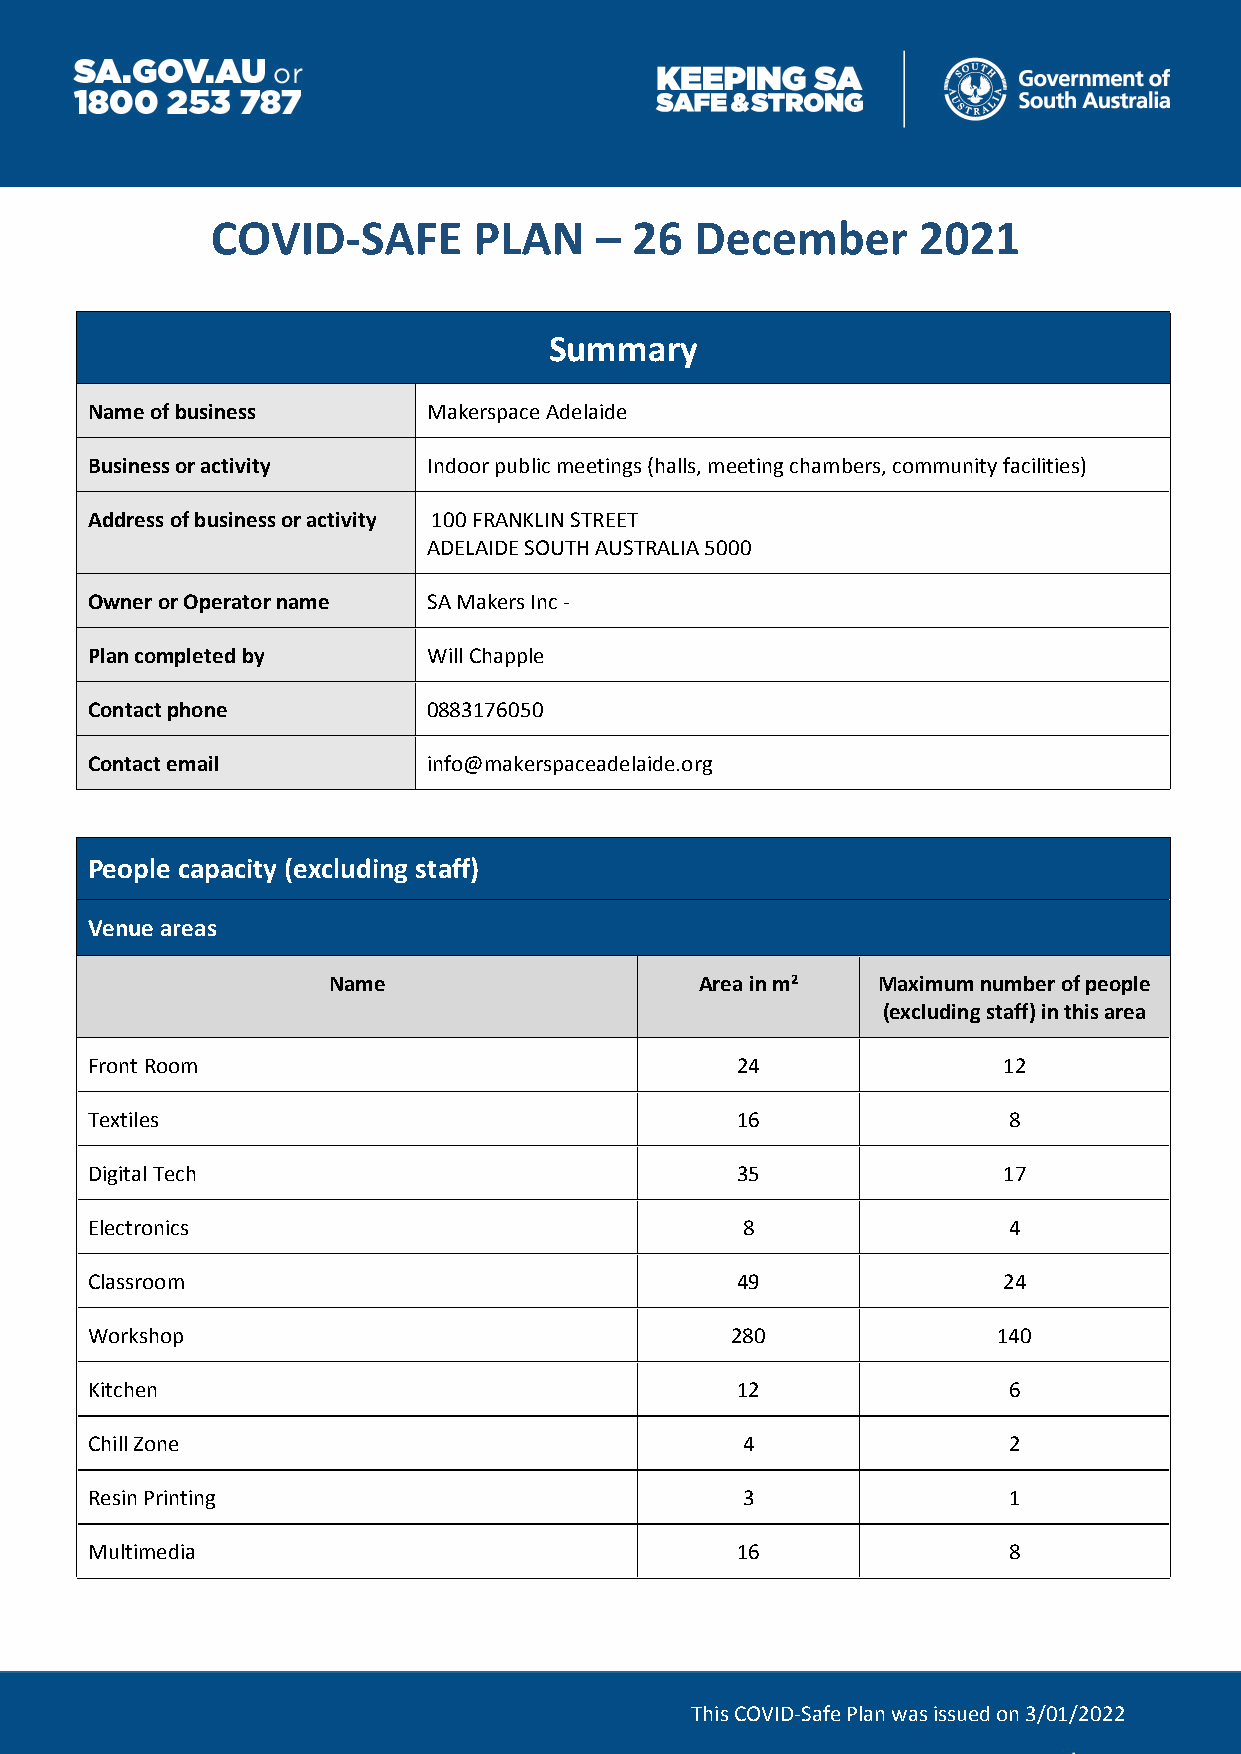
COVID-SAFE       PLAN    –  26  December       2021
 Summary
 Name of business      Makerspace Adelaide
 Business or activity  Indoor public meetings (halls, meeting chambers, community facilities)
 Address of business or activity 100 FRANKLIN STREET
 ADELAIDE SOUTH AUSTRALIA 5000
 Owner or Operator name SA Makers Inc -
 Plan completed by     Will Chapple
 Contact phone         0883176050
 Contact email         info@makerspaceadelaide.org
 People capacity (excluding staff)
 Venue areas
 Name                    Area in m2  Maximum number of people
 (excluding staff) in this area
 Front Room                                 24               12
 Textiles                                   16                8
 Digital Tech                               35               17
 Electronics                                8                 4
 Classroom                                  49               24
 Workshop                                  280               140
 Kitchen                                    12                6
 Chill Zone                                 4                 2
 Resin Printing                             3                 1
 Multimedia                                 16                8
 This COVID-Safe Plan was issued on 3/01/2022